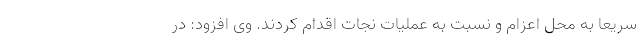
سریعا به محل اعزام و نسبت به عملیات نجات اقدام کردند. وی افزود: در